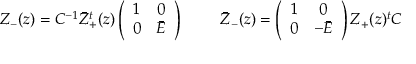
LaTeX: \begin{array} { c c } { { Z _ { - } ( z ) = C ^ { - 1 } \bar { Z } _ { + } ^ { t } ( z ) \left( \begin{array} { c c } { { 1 } } & { { 0 } } \\ { { 0 } } & { { \bar { \cal E } } } \end{array} \right) ~ ~ } } & { { ~ ~ \bar { Z } _ { - } ( z ) = \left( \begin{array} { c c } { { 1 } } & { { 0 } } \\ { { 0 } } & { { - \bar { \cal E } } } \end{array} \right) Z _ { + } ( z ) { } ^ { t } C } } \end{array}